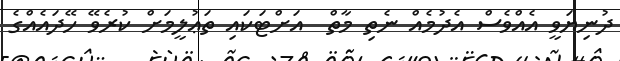
ދުނިޔަވީ އެއްވެސް އެދުމެއް ނެތި މާތް  އަށްޓަކައި ތަޢުލީމަށް ކުރެވޭ ހޭދައެއްގެ